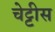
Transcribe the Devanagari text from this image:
चेट्टीस